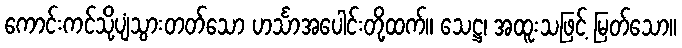
ကောင်းကင်သို့ပျံသွားတတ်သော ဟင်္သာအပေါင်းတို့ထက်။ သေဋ္ဌ၊ အထူးသဖြင့် မြတ်သော။